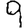
Digit: 9